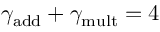
\gamma _ { \mathrm { a d d } } + \gamma _ { \mathrm { m u l t } } = 4